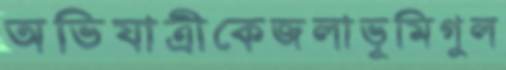
অভিযাত্রীকেজলাভূমিগুল